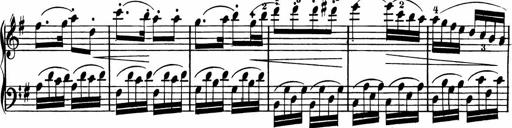
Title: Rosen ohne Dornen
Composer: Gustav Lange